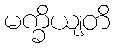
မက္ခိယျတိ